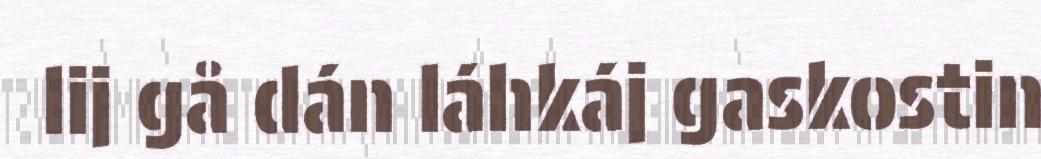
lij gå dán láhkáj gaskostin